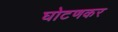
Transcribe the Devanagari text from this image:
घोटणकर